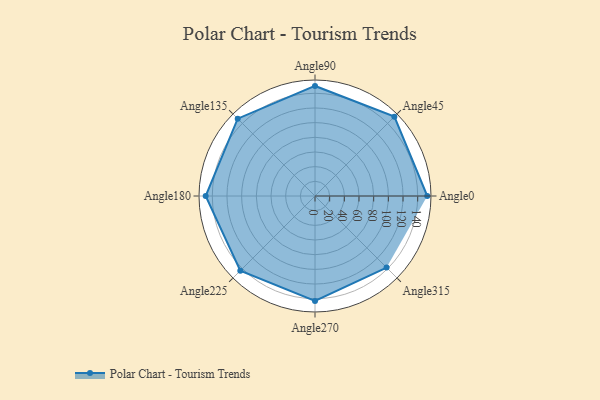
{"axis": {"x": "Angle", "y": "Radius"}, "legend": [""], "data": [{"x": "Angle0", "y": 153.0, "type": ""}, {"x": "Angle45", "y": 153.0, "type": ""}, {"x": "Angle90", "y": 150.0, "type": ""}, {"x": "Angle135", "y": 149.0, "type": ""}, {"x": "Angle180", "y": 149.0, "type": ""}, {"x": "Angle225", "y": 144.0, "type": ""}, {"x": "Angle270", "y": 143.0, "type": ""}, {"x": "Angle315", "y": 138.0, "type": ""}]}